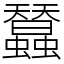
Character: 蠺